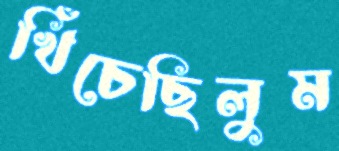
খিঁচেছিলুম